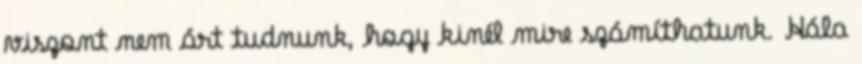
viszont nem árt tudnunk, hogy kinél mire számíthatunk. Hála